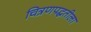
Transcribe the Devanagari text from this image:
चित्रणपद्धतीला